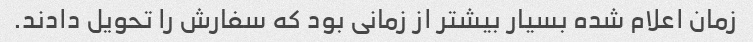
زمان اعلام شده بسیار بیشتر از زمانی بود که سفارش را تحویل دادند.